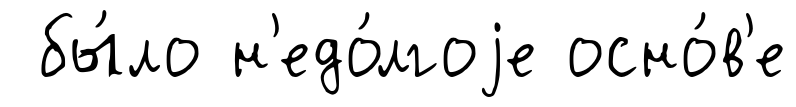
бы́ло н'едо́лгоjе осно́в'е